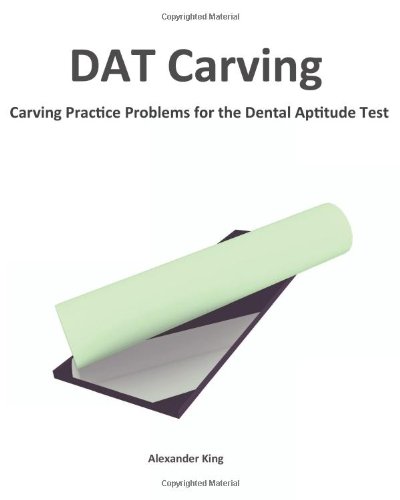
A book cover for DAT Carving: Carving Practice Problems for the  Dental Aptitude Test; Alexander King; Test Preparation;